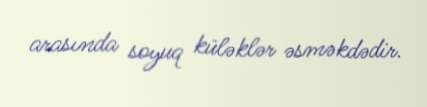
arasında soyuq küləklər əsməkdədir.